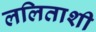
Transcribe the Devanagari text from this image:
ललिताशी